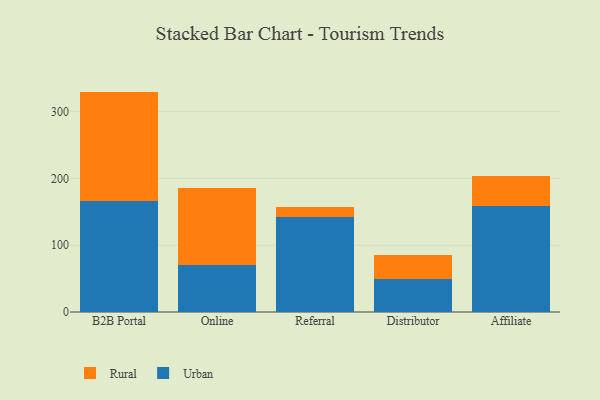
{"axis": {"x": "Channel", "y": "LTV (USD)"}, "legend": ["Rural", "Urban"], "data": [{"x": "B2B Portal", "y": 165.7, "type": "Urban"}, {"x": "B2B Portal", "y": 164.2, "type": "Rural"}, {"x": "Online", "y": 69.7, "type": "Urban"}, {"x": "Online", "y": 116.4, "type": "Rural"}, {"x": "Referral", "y": 142.1, "type": "Urban"}, {"x": "Referral", "y": 14.6, "type": "Rural"}, {"x": "Distributor", "y": 49.3, "type": "Urban"}, {"x": "Distributor", "y": 36.7, "type": "Rural"}, {"x": "Affiliate", "y": 159.2, "type": "Urban"}, {"x": "Affiliate", "y": 43.8, "type": "Rural"}]}